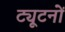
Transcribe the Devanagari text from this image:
ट्यूटनों